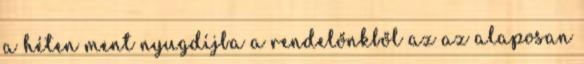
a héten ment nyugdíjba a rendelőnkből az az alaposan